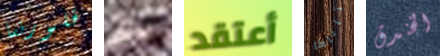
فلورنسا بذلك أعتقد تاناكا الخندق